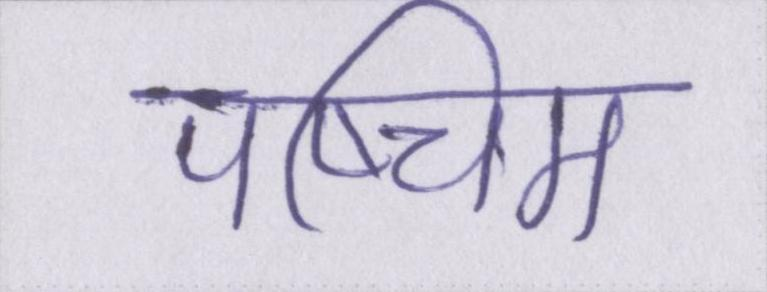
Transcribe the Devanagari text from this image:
पष्चिम